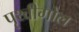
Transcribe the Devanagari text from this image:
पृथ्वीगोल